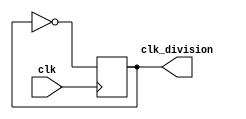
module clock_division(
	clk,
	clk_division);
	
input clk;
output clk_division;
reg clk_division;

initial
begin
clk_division=1;
end

always@(posedge clk)
begin
clk_division<=~clk_division;
end

endmodule